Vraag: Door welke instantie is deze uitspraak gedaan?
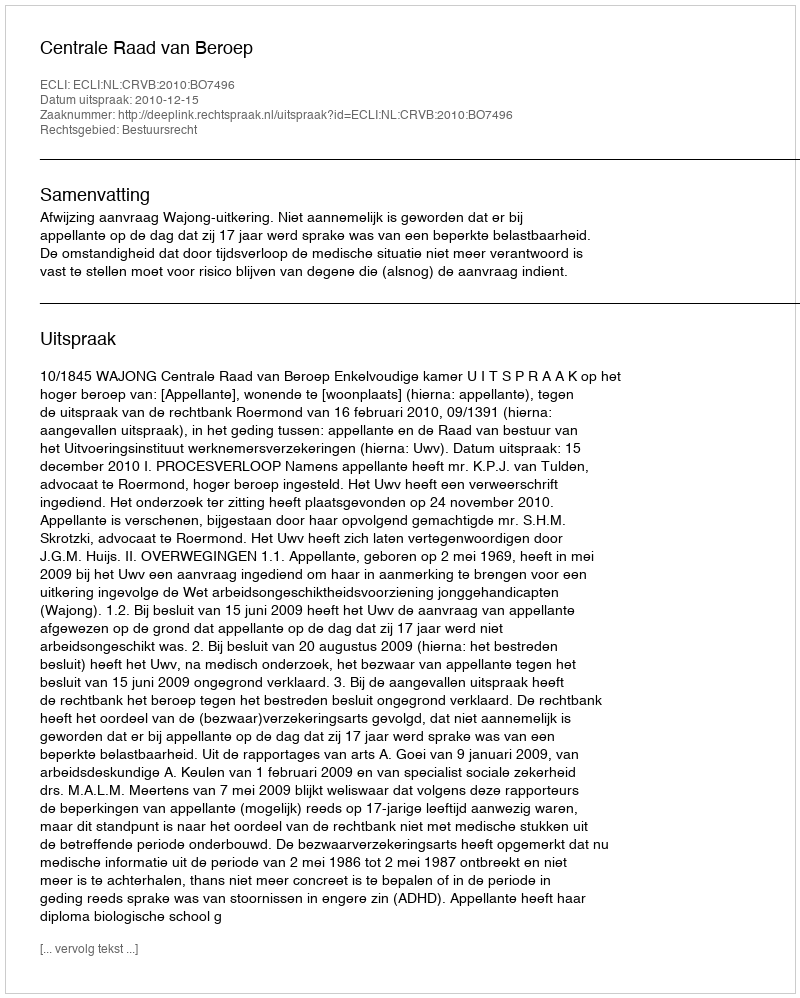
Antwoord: Centrale Raad van Beroep